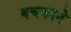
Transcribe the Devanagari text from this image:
बचकाने